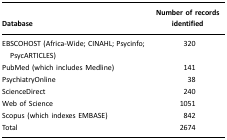
| Database | Number of records identified |
 | --- | --- |
 | EBSCOHOST (Africa-Wide; CINAHL; Psycinfo; PsycARTICLES) | 320 |
 | PubMed (which includes Medline) | 141 |
 | PsychiatryOnline | 38 |
 | ScienceDirect | 240 |
 | Web of Science | 1051 |
 | Scopus (which indexes EMBASE) | 842 |
 | Total | 2674 |